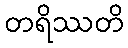
တရိဿတိ